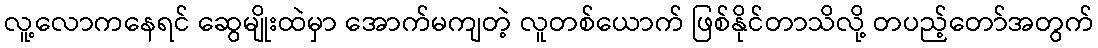
လူ့လောကနေရင် ဆွေမျိုးထဲမှာ အောက်မကျတဲ့ လူတစ်ယောက် ဖြစ်နိုင်တာသိလို့ တပည့်တော်အတွက်